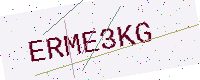
Text: ERME3KG